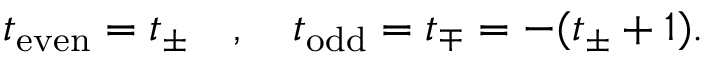
t _ { \mathrm { e v e n } } = t _ { \pm } \quad , \quad t _ { \mathrm { o d d } } = t _ { \mp } = - ( t _ { \pm } + 1 ) .